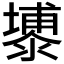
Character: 𮳕